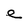
Character: e